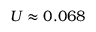
U \approx 0 . 0 6 8